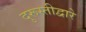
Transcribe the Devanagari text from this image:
दुरूस्तीद्वारे